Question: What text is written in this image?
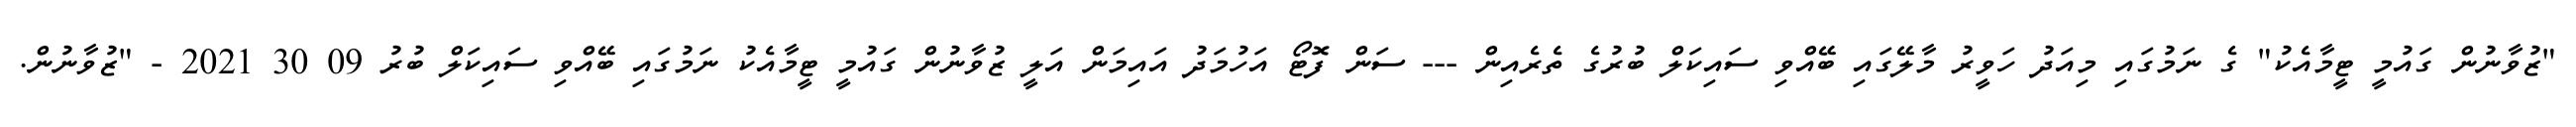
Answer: "ޒުވާނުން ގައުމީ ޓީމާއެކު" ގެ ނަމުގައި މިއަދު ހަވީރު މާލޭގައި ބޭއްވި ސައިކަލް ބުރުގެ ތެރެއިން --- ސަން ފޮޓޯ އަހުމަދު އައިމަން އަލީ ޒުވާނުން ގައުމީ ޓީމާއެކު ނަމުގައި ބޭއްވި ސައިކަލް ބުރު 09 30 2021 - "ޒުވާނުން.